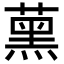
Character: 𦸽